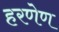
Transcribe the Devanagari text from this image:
हरणेण